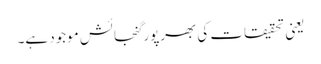
یعنی تحقیقات کی بھرپور گنجائش موجود ہے۔